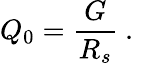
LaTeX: Q_{0}=\frac{G}{R_{s}}\mathrm{~.~}